Scottish Leaving Certificate Examination, 1959
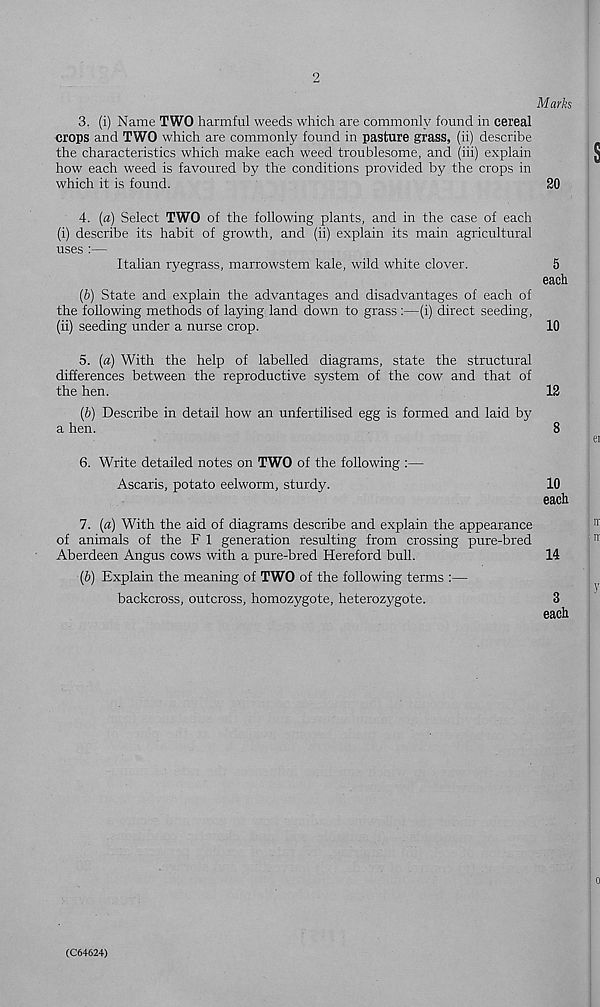
3. (i) Name TWO harmful weeds which are commonly found in cereal
crops and TWO which are commonly found in pasture grass, (ii) describe
the characteristics which make each weed troublesome, and (iii) explain
how each weed is favoured by the conditions provided by the crops in
which it is found.
20
4. (a) Select TWO of the following plants, and in the case of each
(i) describe its habit of growth, and (ii) explain its main agricultural
uses :—
Italian ryegrass, marrowstem kale, wild white clover.
5
each
(b) State and explain the advantages and disadvantages of each of
the following methods of laying land down to grass :—(i) direct seeding,
(ii) seeding under a nurse crop.
10
5. (a) With the help of labelled diagrams, state the structural
differences between the reproductive system of the cow and that of
the hen.
12
(b) Describe in detail how an unfertilised egg is formed and laid by
a hen.
8
6. Write detailed notes on TWO of the following :—
Ascaris, potato eelworm, sturdy.
10
each
7. (a) With the aid of diagrams describe and explain the appearance
of animals of the F 1 generation resulting from crossing pure-bred
Aberdeen Angus cows with a pure-bred Hereford bull.
14
(b) Explain the meaning of TWO of the following terms :—
backcross, outcross, homozygote, heterozygote.
3
each
(C64624)